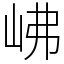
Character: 𡶒